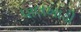
પાલખાડી